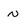
Character: n